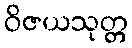
ဝိဇယသုတ္တ